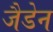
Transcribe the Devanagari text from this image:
जैडेन